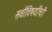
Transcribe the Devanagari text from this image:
सर्वांविषयींची